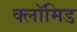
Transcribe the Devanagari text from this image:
क्लॉमिड